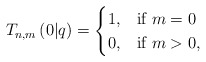
\begin{align*}T_{n,m}\left(0|q\right)=\begin{cases}1, & \mbox{if }m=0\\0, & \mbox{if }m>0,\end{cases}\end{align*}